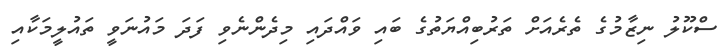
ސްކޫލު ނިޒާމުގެ ތެރެއަށް ތަރުބިއްޔަތުގެ ބައި ވައްދައި މިދެންނެވި ފަދަ މައުނަވީ ތައުލީމަކާއި